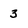
Character: 3